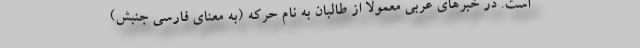
است. در خبرهای عربی معمولا از طالبان به نام حرکه (به معنای فارسی جنبش)